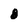
Character: 8